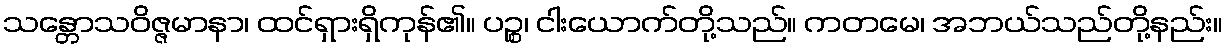
သန္တောသဝိဇ္ဇမာနာ၊ ထင်ရှားရှိကုန်၏။ ပဉ္စ၊ ငါးယောက်တို့သည်။ ကတမေ၊ အဘယ်သည်တို့နည်း။